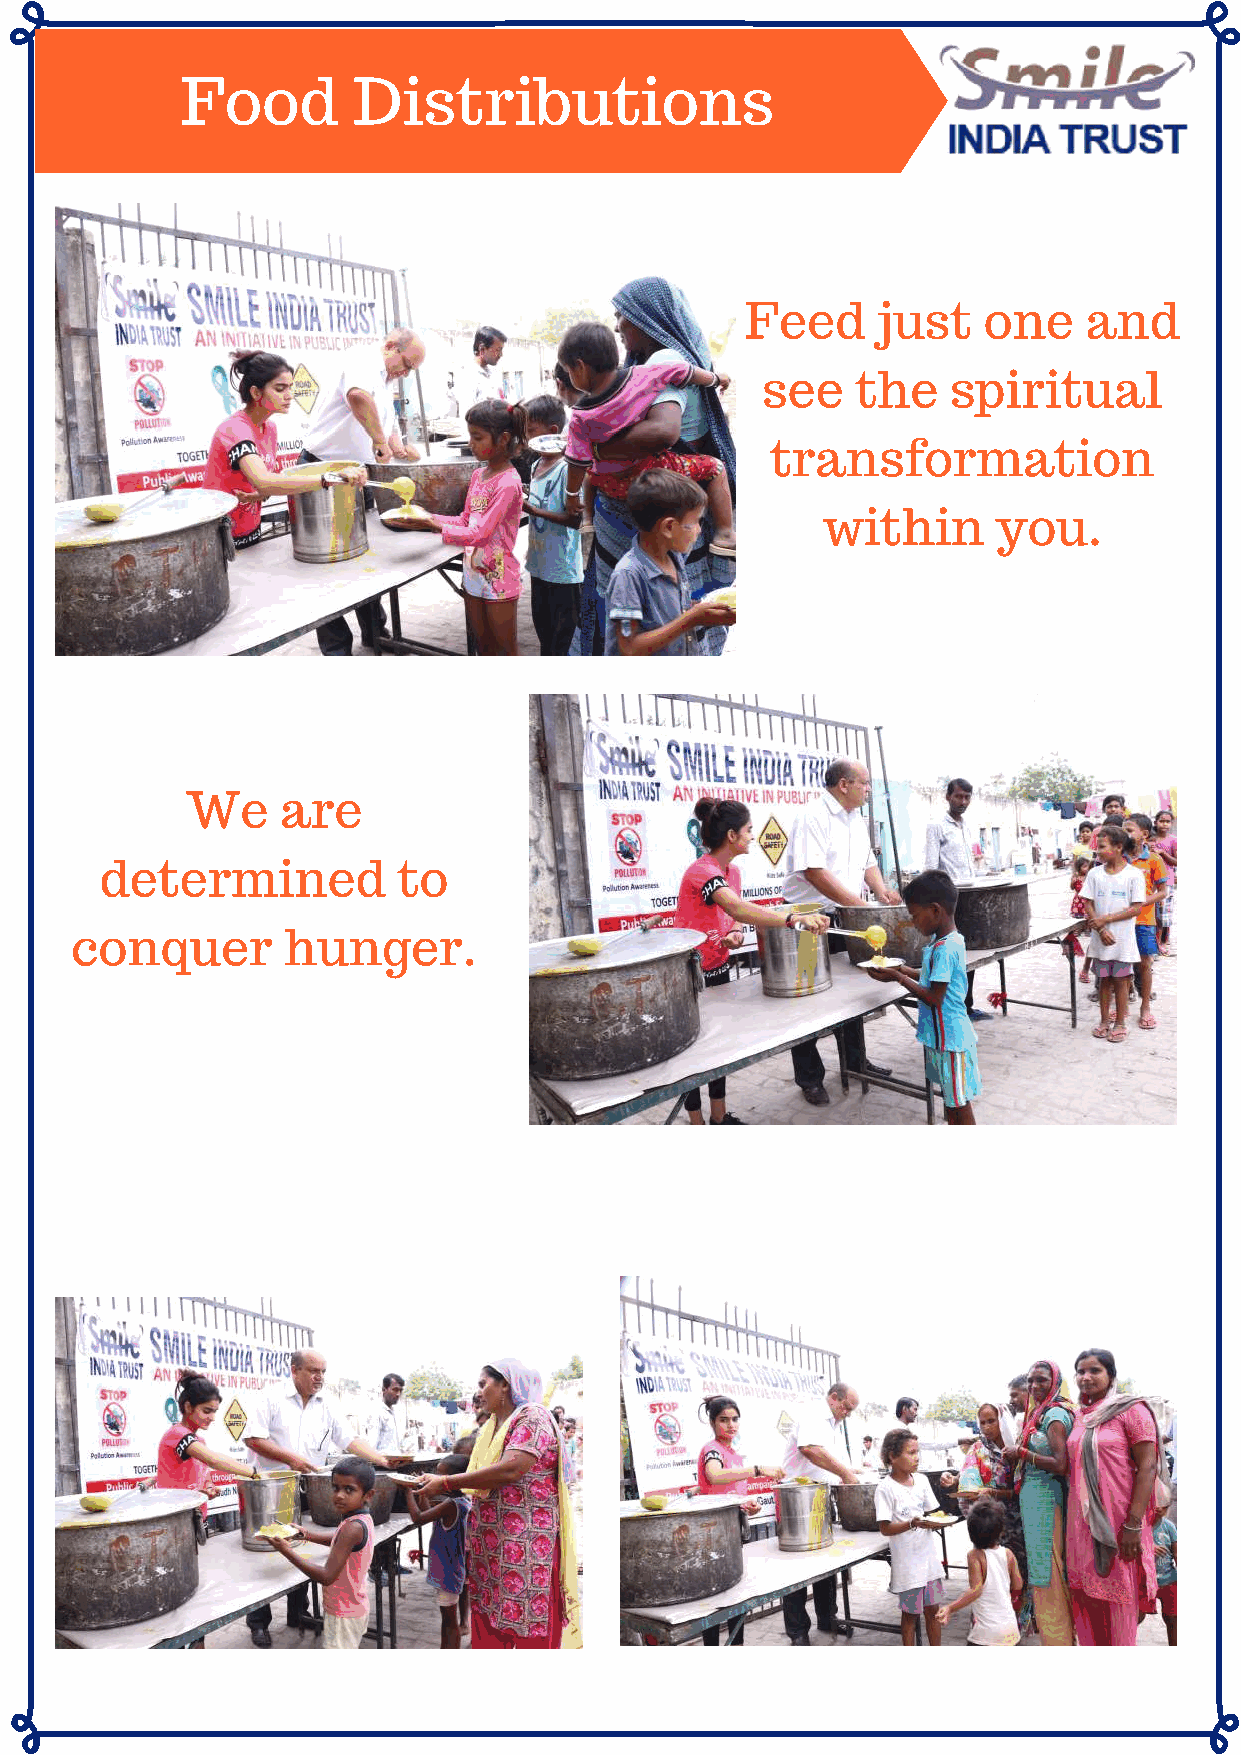
Food       Distributions
 Feed     just   one    and
 see    the   spiritual
 transformation
 within      you.
 We     are
 determined         to
 conquer       hunger.